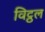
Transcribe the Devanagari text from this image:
विट्ठल